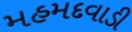
મહમદવાડી